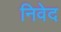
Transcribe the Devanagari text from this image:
निवेद